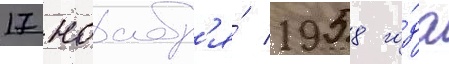
17 ноабр'я́ 1958 го́да